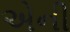
એની